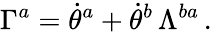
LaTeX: \Gamma^{a}=\dot{\theta}^{a}+\dot{\theta}^{b}\, \Lambda^{ba}\, .